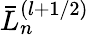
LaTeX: \bar{L}_{n}^{(l+1/2)}